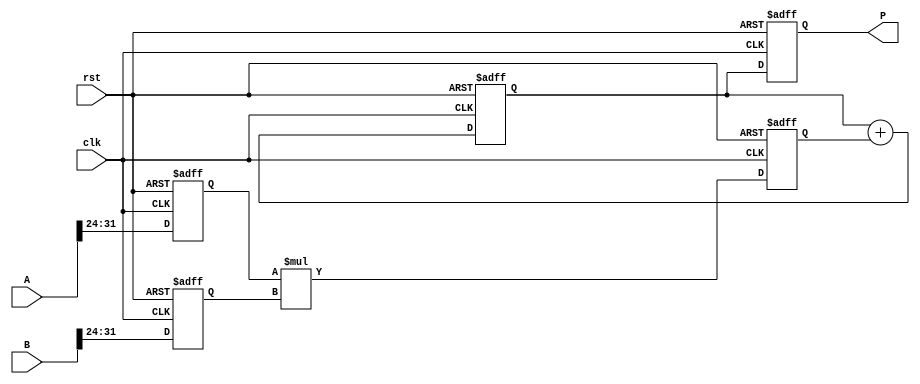
module pipelined_sliced_multiplier #(
    parameter WIDTH = 32,      // Bit-width of the operands
    parameter SLICE_SIZE = 8   // Size of each slice
)(
    input clk,
    input rst,
    input [WIDTH-1:0] A,       // First operand
    input [WIDTH-1:0] B,       // Second operand
    output reg [2*WIDTH-1:0] P // Product output
);

    localparam NUM_SLICES = WIDTH / SLICE_SIZE;

    // Intermediate signals
    reg [SLICE_SIZE-1:0] A_slices[0:NUM_SLICES-1];
    reg [SLICE_SIZE-1:0] B_slices[0:NUM_SLICES-1];
    reg [2*SLICE_SIZE-1:0] partial_products[0:NUM_SLICES-1];
    reg [2*WIDTH-1:0] accumulated_sum;

    // Stage 1: Slice Generation
    integer i;
    always @(posedge clk or posedge rst) begin
        if (rst) begin
            for (i = 0; i < NUM_SLICES; i = i + 1) begin
                A_slices[i] <= 0;
                B_slices[i] <= 0;
            end
        end else begin
            for (i = 0; i < NUM_SLICES; i = i + 1) begin
                A_slices[i] <= A[(i+1)*SLICE_SIZE-1:i*SLICE_SIZE];
                B_slices[i] <= B[(i+1)*SLICE_SIZE-1:i*SLICE_SIZE];
            end
        end
    end

    // Stage 2: Partial Product Generation
    always @(posedge clk or posedge rst) begin
        if (rst) begin
            for (i = 0; i < NUM_SLICES; i = i + 1) begin
                partial_products[i] <= 0;
            end
        end else begin
            for (i = 0; i < NUM_SLICES; i = i + 1) begin
                partial_products[i] <= A_slices[i] * B_slices[i];
            end
        end
    end

    // Stage 3: Accumulation of Partial Products
    always @(posedge clk or posedge rst) begin
        if (rst) begin
            accumulated_sum <= 0;
        end else begin
            accumulated_sum <= 0; // Reset before accumulation
            for (i = 0; i < NUM_SLICES; i = i + 1) begin
                accumulated_sum <= accumulated_sum + partial_products[i];
            end
        end
    end

    // Stage 4: Output Stage
    always @(posedge clk or posedge rst) begin
        if (rst) begin
            P <= 0;
        end else begin
            P <= accumulated_sum; // Final product output
        end
    end

endmodule